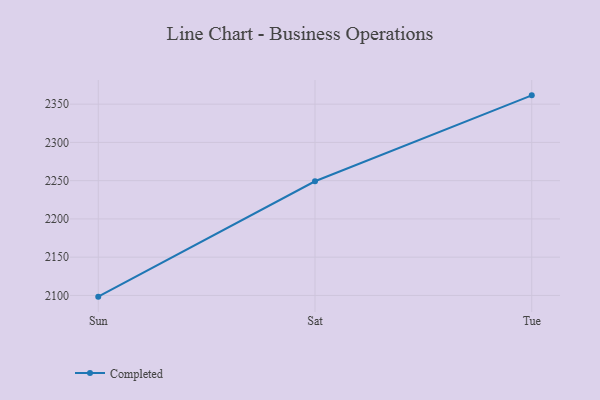
{"axis": {"x": "Day", "y": "Tickets Resolved"}, "legend": ["Completed"], "data": [{"x": "Sun", "y": 2098.4, "type": "Completed"}, {"x": "Sat", "y": 2249.2, "type": "Completed"}, {"x": "Tue", "y": 2361.5, "type": "Completed"}]}